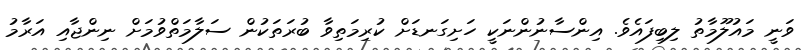
ވަނީ މައުލޫމާތު ލިބިފައެވެ. އިންސާނުންނަކީ ހަށިގަނޑަށް ކުރިމަތިވާ ބުރަތަކުން ސަލާމަތްވުމަށް ނިންޖާއި އަރާމު